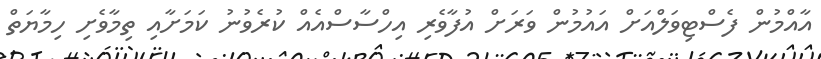
އާއްމުން ފެސްޓިވަލްއަށް އައުމުން ވަރަށް އުފާވެރި އިހްސާސްއެއް ކުރެވުނު ކަމަށާއި ތިމާވެށި ހިމާޔަތް